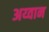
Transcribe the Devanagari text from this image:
अय्वान